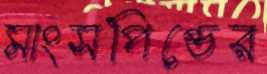
মাংসপিণ্ডের